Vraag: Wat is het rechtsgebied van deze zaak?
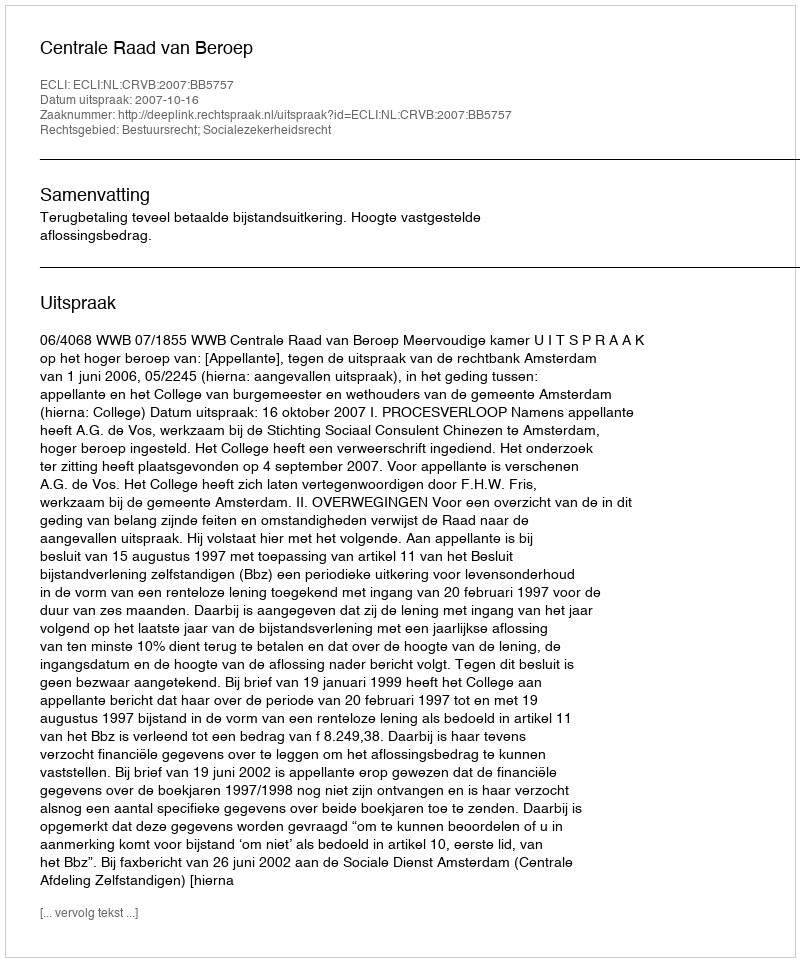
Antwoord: Bestuursrecht; Socialezekerheidsrecht